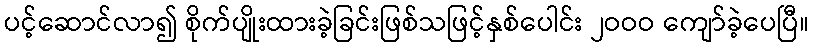
ပင့်ဆောင်လာ၍ စိုက်ပျိုးထားခဲ့ခြင်းဖြစ်သဖြင့်နှစ်ပေါင်း ၂ဝဝဝ ကျော်ခဲ့ပေပြီ။